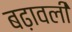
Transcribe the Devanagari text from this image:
बढ़ावली